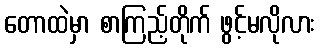
တောထဲမှာ စာကြည့်တိုက် ဖွင့်မလိုလား